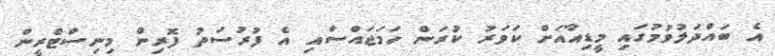
އެ ބައްދަލުވުމުގައި މީޑިއާއަށް ކަވަރު ކުރަން ހަމަޖައްސައި އެ ފުރުސަތު ފޮރިން މިނިސްޓްރީން